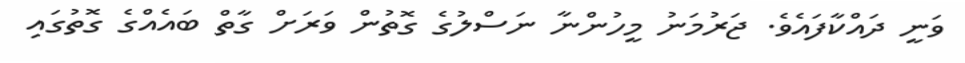
ވަނީ ދައްކާފައެވެ. ޖަރުމަނު މީހުންނާ ނަސްލުގެ ގޮތުން ވަރަށް ގާތް ބައެއްގެ ގޮތުގައި